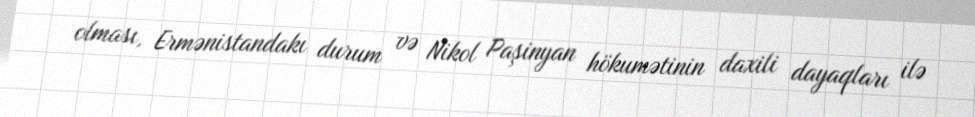
olması, Ermənistandakı durum və Nikol Paşinyan hökumətinin daxili dayaqları ilə